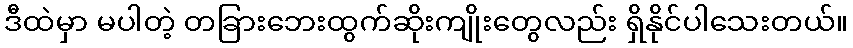
ဒီထဲမှာ မပါတဲ့ တခြားဘေးထွက်ဆိုးကျိုးတွေလည်း ရှိနိုင်ပါသေးတယ်။